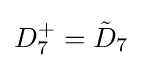
D_{7}^{+}={\tilde {D}}_{7}